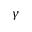
\gamma